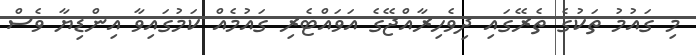
މި ގައުމު ތަކުގެ ތެރޭގައި ދިވެހިރާއްޖޭގެ އަވައްޓެރި ގައުމެއް ކަމުގައިވާ އިންޑިޔާ ވެސް